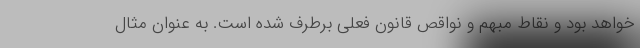
خواهد بود و نقاط مبهم و نواقص قانون فعلی برطرف شده است. به عنوان مثال